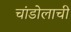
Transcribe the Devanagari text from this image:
चांडोलाची